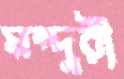
মন্দুরী